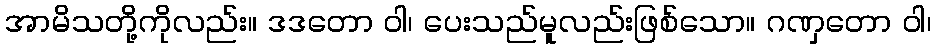
အာမိသတို့ကိုလည်း။ ဒဒတော ဝါ၊ ပေးသည်မူလည်းဖြစ်သော။ ဂဏှတော ဝါ၊